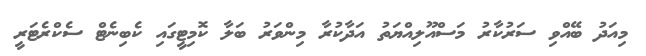
މިއަދު ބޭއްވި ސަރުކާރު މަސްއޫލިއްޔަތު އަދާކުރާ މިންވަރު ބަލާ ކޮމިޓީގައި ކެބިނެޓް ސެކްރެޓަރީ